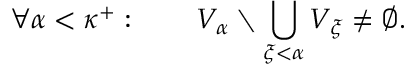
\forall \alpha < \kappa ^ { + } : \qquad V _ { \alpha } \setminus \bigcup _ { \xi < \alpha } V _ { \xi } \neq \varnothing .